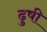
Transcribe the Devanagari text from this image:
ढुषी